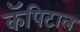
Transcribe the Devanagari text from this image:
कॅपिटाल